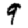
Digit: 9